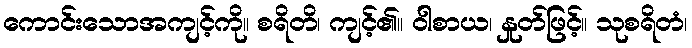
ကောင်းသောအကျင့်ကို။ စရိတိ၊ ကျင့်၏။ ဝါစာယ၊ နှုတ်ဖြင့်။ သုစရိတံ၊